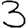
Digit: 3